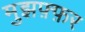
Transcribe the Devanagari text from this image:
मुझफ़्फ़र